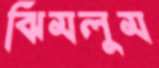
ঝিমলুম